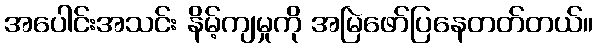
အပေါင်းအသင်း နိမ့်ကျမှုကို အမြဲဖော်ပြနေတတ်တယ်။